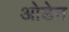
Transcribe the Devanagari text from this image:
ओडेन